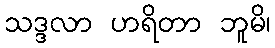
သဒ္ဒလာ ဟရိတာ ဘူမိ၊